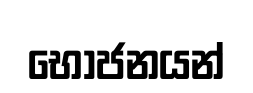
භොජනයන්